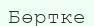
Бөртке